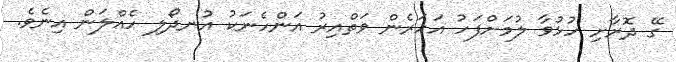
ގޭ ދޮރާށި ހުޅުވާ ލުމަށްފަހު އަހަރެން ވަތްއިރު އަންހެނަކު އުނދޯލި ހެއްލަން އިނެވެ.